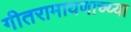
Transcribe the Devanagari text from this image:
गीतरामायणाच्य्या